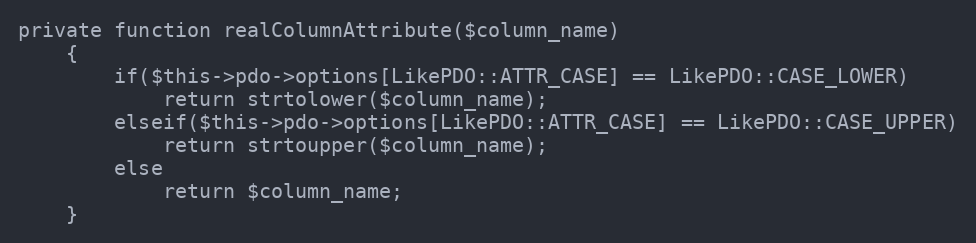
Language: PHP
private function realColumnAttribute($column_name)
	{
		if($this->pdo->options[LikePDO::ATTR_CASE] == LikePDO::CASE_LOWER)
			return strtolower($column_name);
		elseif($this->pdo->options[LikePDO::ATTR_CASE] == LikePDO::CASE_UPPER)
			return strtoupper($column_name);
		else
			return $column_name;
	}